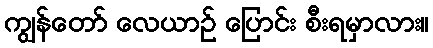
ကျွန်တော် လေယာဉ် ပြောင်း စီးရမှာလား။